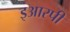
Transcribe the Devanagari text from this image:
इआरपी